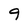
Character: 9